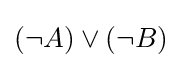
(\neg A)\lor (\neg B)